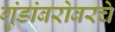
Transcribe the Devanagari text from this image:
गुंडांबरोबरचे